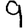
Digit: 9